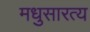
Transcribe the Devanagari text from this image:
मधुसारत्य